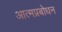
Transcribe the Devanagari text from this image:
आत्मप्रबोधन